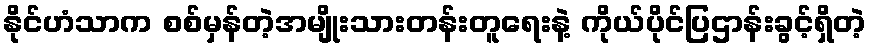
နိုင်ဟံသာက စစ်မှန်တဲ့အမျိုးသားတန်းတူရေးနဲ့ ကိုယ်ပိုင်ပြဌာန်းခွင့်ရှိတဲ့